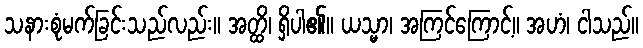
သနားစုံမက်ခြင်းသည်လည်း။ အတ္ထိ၊ ရှိပါ၏။ ယသ္မာ၊ အကြင်ကြောင့်။ အဟံ၊ ငါသည်။